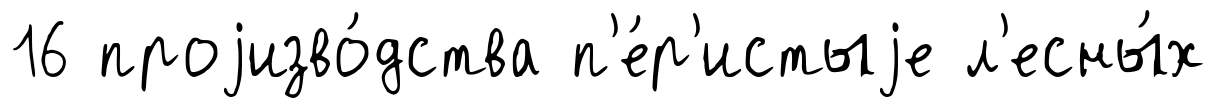
16 проjизво́дства п'е́р'истыjе л'есны́х